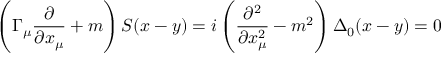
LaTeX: \left( \Gamma _ { \mu } \frac \partial { \partial x _ { \mu } } + m \right) S ( x - y ) = i \left( \frac { \partial ^ { 2 } } { \partial x _ { \mu } ^ { 2 } } - m ^ { 2 } \right) \Delta _ { 0 } ( x - y ) = 0